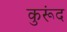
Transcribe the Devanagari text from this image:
कुरूंद